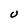
Character: U